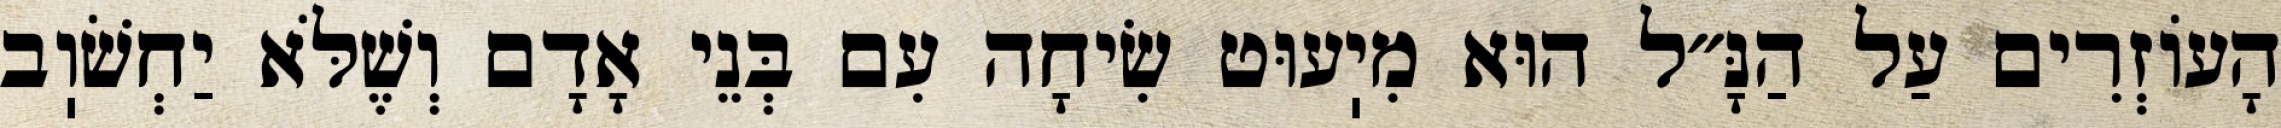
הָעוֹזְרִים עַל הַנָּ״ל הוּא מִיֽעוּט שִׂיחָה עִם בְּנֵי אָדָם וְשֶׁלֹּא יַחְשֹׁוֽב